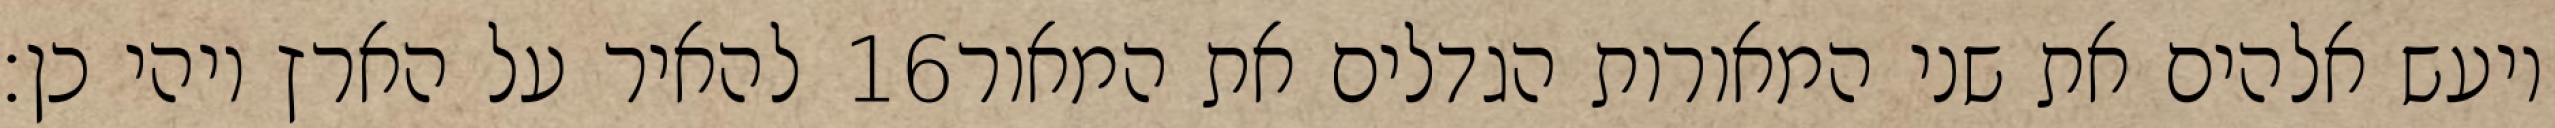
להאיר על הארץ ויהי כן׃ ‎16‏ ויעש אלהים את שני המאורות הגדלים את המאור